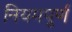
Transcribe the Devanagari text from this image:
नियमपूर्ण